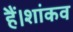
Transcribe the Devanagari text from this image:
हैं।शांकव